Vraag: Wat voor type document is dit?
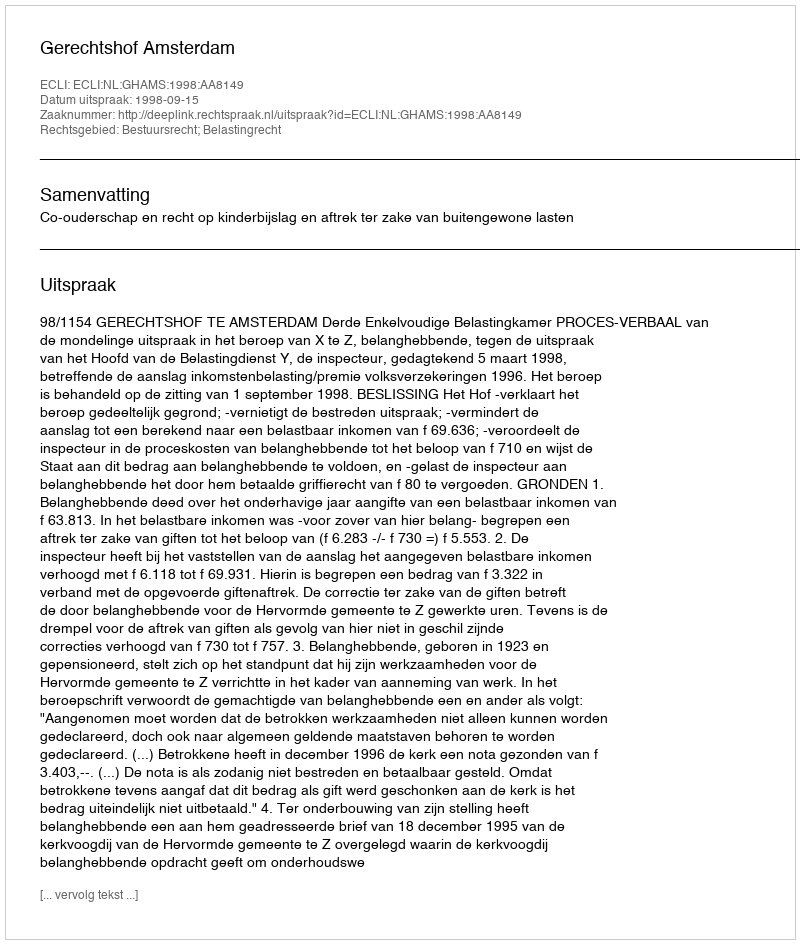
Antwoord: Uitspraak